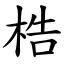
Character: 梏